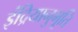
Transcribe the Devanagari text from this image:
इंद्रियानुभूति